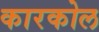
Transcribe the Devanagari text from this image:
कारकोल